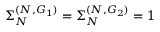
\Sigma _ { N } ^ { ( N , G _ { 1 } ) } = \Sigma _ { N } ^ { ( N , G _ { 2 } ) } = 1